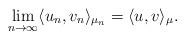
LaTeX: \begin{align*} \lim_{n \rightarrow \infty} \langle u_n , v_n \rangle_{\mu_n} = \langle u,v \rangle_{\mu}.\end{align*}